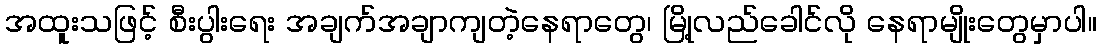
အထူးသဖြင့် စီးပွါးရေး အချက်အချာကျတဲ့နေရာတွေ၊ မြို့လည်ခေါင်လို နေရာမျိုးတွေမှာပါ။